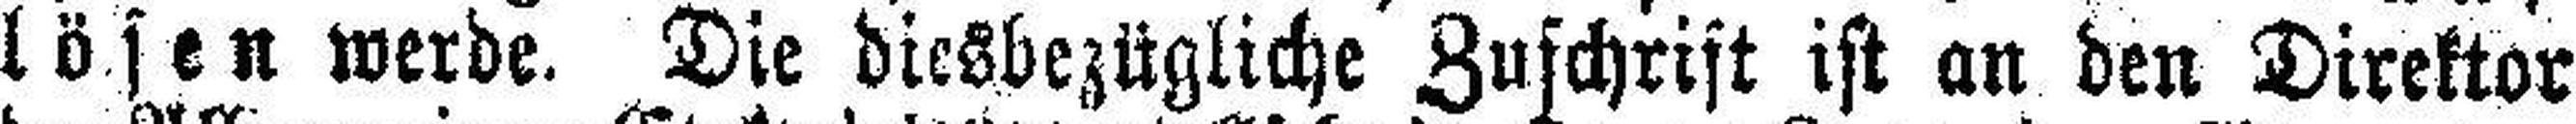
lösen werde. Die diesbezügliche Zuschrift ist an den Direktor